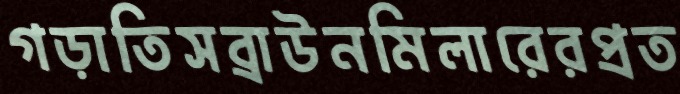
গড়াতিসব্রাউনমিলারেরপ্রত